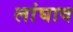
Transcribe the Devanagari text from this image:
लांघाव